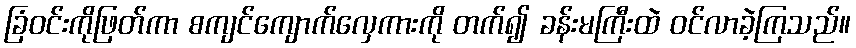
ခြံဝင်းကိုဖြတ်ကာ စကျင်ကျောက်လှေကားကို တက်၍ ခန်းမကြီးထဲ ဝင်လာခဲ့ကြသည်။